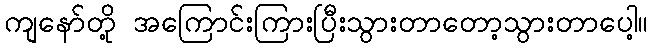
ကျနော်တို့ အကြောင်းကြားပြီးသွားတာတော့သွားတာပေါ့။